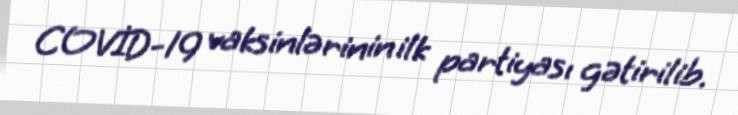
COVİD-19 vaksinlərinin ilk partiyası gətirilib.